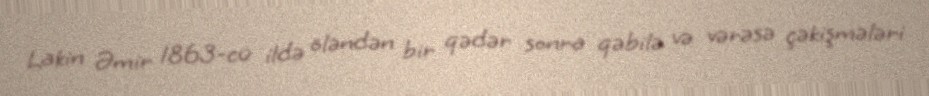
Lakin Əmir 1863-cü ildə öləndən bir qədər sonra qəbilə və vərəsə çəkişmələri